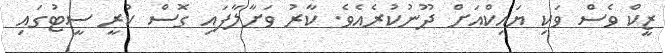
ޒީކް ވެސް ވަކި ޔައިކްއަށް ދޫނުކުރެއެވެ. ކާރު ވަށާލާފައި ގޮސް ކުރީ ސީޓުގައި